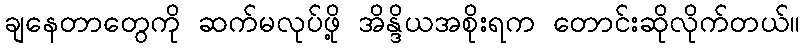
ချနေတာတွေကို ဆက်မလုပ်ဖို့ အိန္ဒိယအစိုးရက တောင်းဆိုလိုက်တယ်။